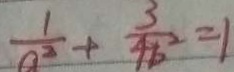
\frac { 1 } { a ^ { 2 } } + \frac { 3 } { 4 b ^ { 2 } } = 1